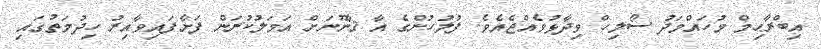
އިބްރާޙިމް މުހައްމަދު ސޯލިހް ވިދާޅުވެއްޖެއެވެ. ފުލުހުންގެ އާ ޤާނޫނަށް އަމަލުކުރަން ފަށާފައިވާއިރު ހިދުމަތުގައި